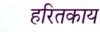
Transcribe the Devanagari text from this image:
हरितकाय